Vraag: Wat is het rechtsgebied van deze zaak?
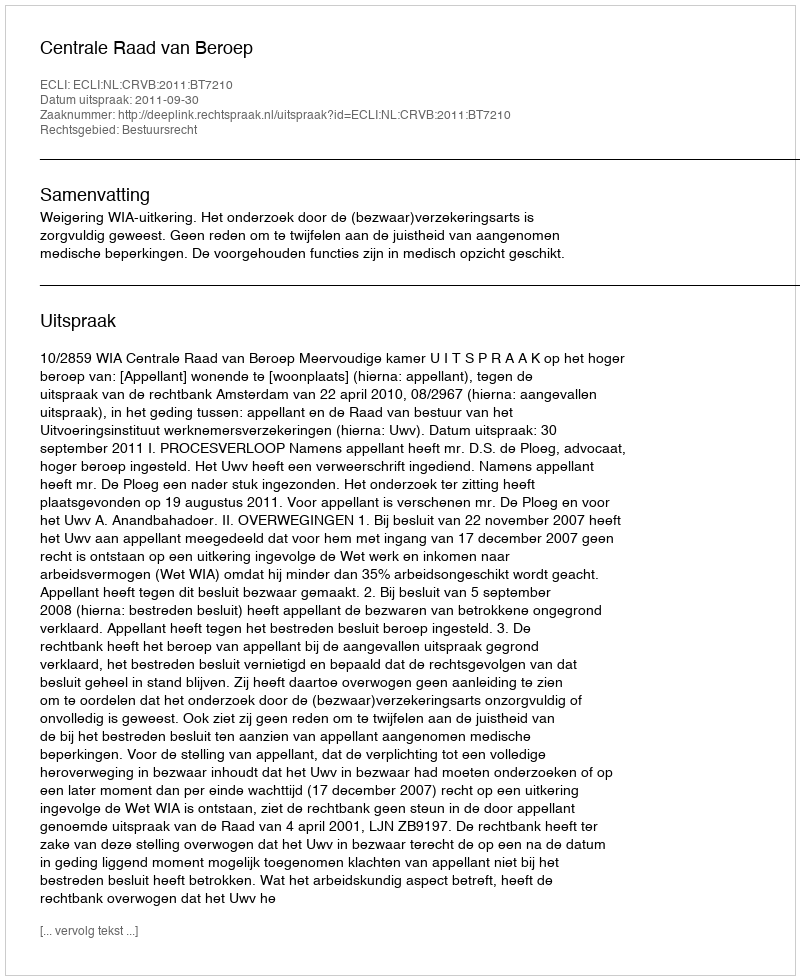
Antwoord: Bestuursrecht